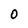
Character: O